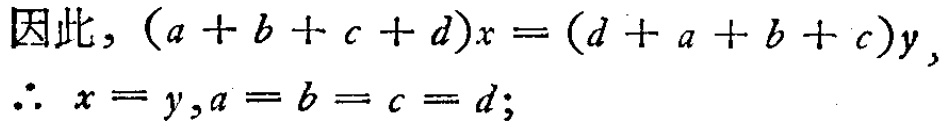
因此, \((a + b + c + d)x=(d + a + b + c)y\),
\(\therefore x = y,a = b = c = d;\)